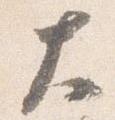
大